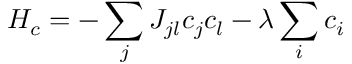
H _ { c } = - \sum _ { j } J _ { j l } c _ { j } c _ { l } - \lambda \sum _ { i } c _ { i }